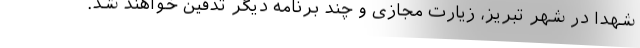
شهدا در شهر تبریز، زیارت مجازی و چند برنامه دیگر تدفین خواهند شد.